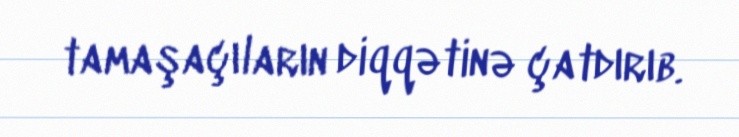
tamaşaçıların diqqətinə çatdırıb.